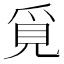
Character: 覓